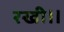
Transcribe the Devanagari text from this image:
रखी॥